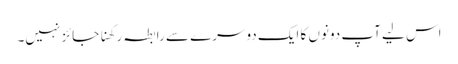
اس لیے آپ دونوں‌ کا ایک دوسرے سے رابطہ رکھنا جائز نہیں۔